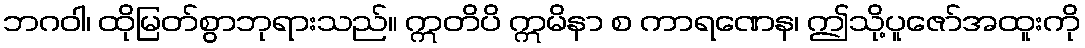
ဘဂဝါ၊ ထိုမြတ်စွာဘုရားသည်။ ဣတိပိ ဣမိနာ စ ကာရဏေန၊ ဤသို့ပူဇော်အထူးကို